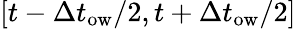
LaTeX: \left[t-\Delta t_{\textrm{ow}}/2,t+\Delta t_{\textrm{ow}}/2\right]